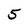
Character: 5